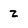
Character: z